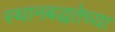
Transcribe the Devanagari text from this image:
स्थानबद्धतेच्या